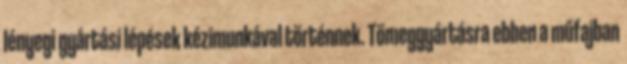
lényegi gyártási lépések kézimunkával történnek. Tömeggyártásra ebben a műfajban